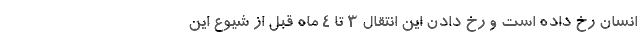
انسان رخ داده است و رخ دادن این انتقال ۳ تا ۴ ماه قبل از شیوع این